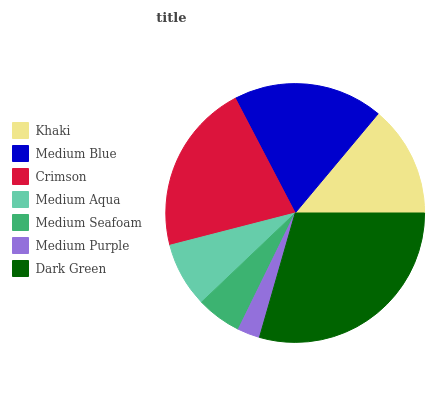
| Khaki | Medium Blue | Crimson | Medium Aqua | Medium Seafoam | Medium Purple | Dark Green |
 | --- | --- | --- | --- | --- | --- | --- |
 | 13.9% | 18.8% | 21.3% | 8.1% | 5.65% | 2.8% | 29.4% |